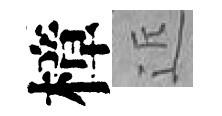
樟近